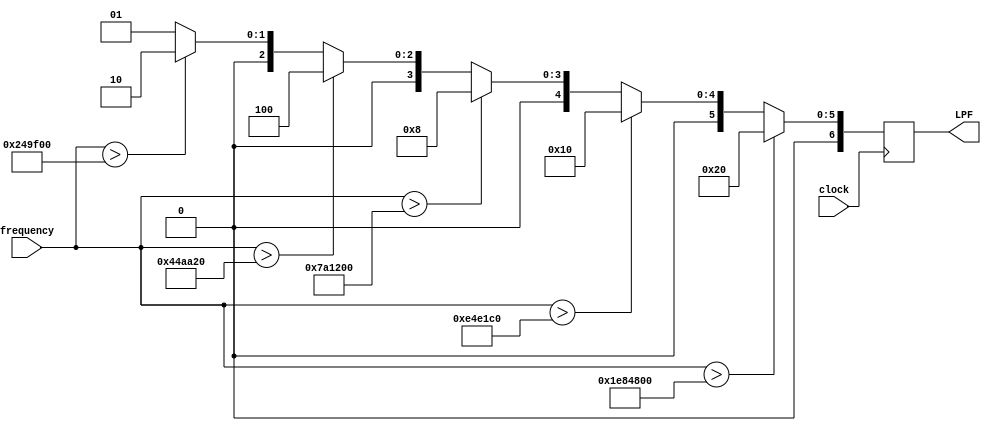
// V1.0 25th October 2007
//
// Copyright 2006,2007 Phil Harman VK6APH
//
//  HPSDR - High Performance Software Defined Radio
//
//  Alex LPF selection.
//
//
//  This program is free software; you can redistribute it and/or modify
//  it under the terms of the GNU General Public License as published by
//  the Free Software Foundation; either version 2 of the License, or
//  (at your option) any later version.
//
//  This program is distributed in the hope that it will be useful,
//  but WITHOUT ANY WARRANTY; without even the implied warranty of
//  MERCHANTABILITY or FITNESS FOR A PARTICULAR PURPOSE.  See the
//  GNU General Public License for more details.
//
//  You should have received a copy of the GNU General Public License
//  along with this program; if not, write to the Free Software
//  Foundation, Inc., 59 Temple Place, Suite 330, Boston, MA  02111-1307  USA


//////////////////////////////////////////////////////////////
//
//		Alex Band Decoder & LPF selection
//
//////////////////////////////////////////////////////////////
/*
	
	Each band is  decoded and the appropriate LPF selected as follows
	
	160m 	  		LPF = 7'b0001000
	 80m	  		LPF = 7'b0000100
	60/40m  		LPF = 7'b0000010
	30/20m  		LPF = 7'b0000001
    17/15m  	LPF = 7'b1000000
	12/10m  		LPF = 7'b0100000
	 6m	  		LPF = 7'b0010000
*/

module LPF_select(clock, frequency, LPF);
input  wire        clock;
input  wire [31:0] frequency;	
output reg   [6:0] LPF;

// Select highest LPF dependant on frequency in use, frequency is in Hz
		
always @(posedge clock)  
begin 
	if  	(frequency > 32000000) 	 LPF <= 7'b0100000;		// > 10m so use 6m LPF
	else if (frequency > 15000000) LPF <= 7'b0010000;  	// > 20m so use 17/15m LPF
	else if (frequency > 8000000)  LPF <= 7'b0001000;  	// > 40m so use 30/20m LPF  
	else if (frequency > 4500000)  LPF <= 7'b0000100;  	// > 80m so use 60/40m LPF
	else if (frequency > 2400000)  LPF <= 7'b0000010;  	// > 160m so use 80m LPF  
	else 						   		 LPF <= 7'b0000001; 		// < 2.4MHz so use 160m LPF
end 
endmodule